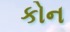
કોન